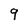
Character: 9